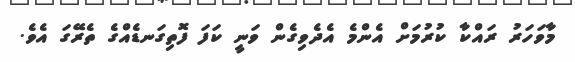
މާވަހަރު ރައްކާ ކުރުމަށް އެންމެ އެދެވިގެން ވަނީ ކަފަ ފޮތިގަނޑެއްގެ ތެރޭގަ އެވެ.